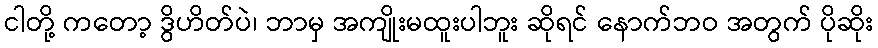
ငါတို့ ကတော့ ဒွိဟိတ်ပဲ၊ ဘာမှ အကျိုးမထူးပါဘူး ဆိုရင် နောက်ဘဝ အတွက် ပိုဆိုး